Report of the Indian Hemp Drugs Commission, 1894-1895 - Volume III
Year: 1894
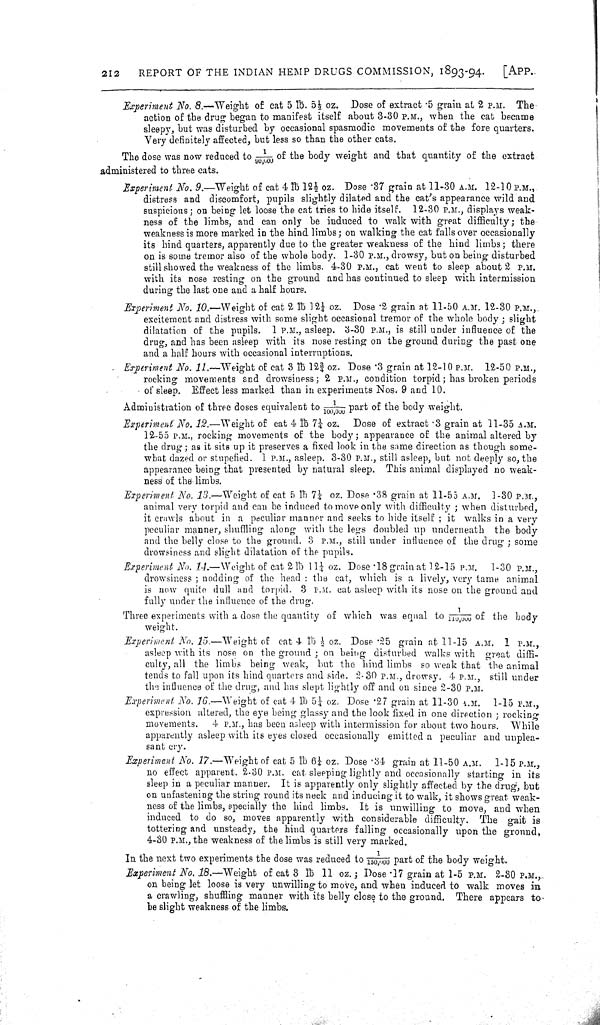
212
REPORT OF THE INDIAN HEMP DRUGS COMMISSION, 1893-94.
[APP.
Experiment No. 8.—Weight of cat 5 lb. 51/2 oz. Dose of extract .5 grain at 2 P.M. The
action of the drug began to manifest itself about 3-30 P.M., when the cat became
sleepy, but was disturbed by occasional spasmodic movements of the fore quarters.
Very definitely affected, but less so than the other cats.
The dose was now reduced to 1/90,000 of the body weight and that quantity of the extract
administered to three cats.
Experiment No. 9.—Weight of cat 4 lb 121/2 oz. Dose 37 grain at 11-30 A.M. 12-10 P.M.,
distress and discomfort, pupils slightly dilated and the cat's appearance wild and
suspicious; on being let loose the cat tries to hide itself. 12-30 P.M., displays weak-
ness of the limbs, and can only be induced to walk with great difficulty; the
weakness is more marked in the hind limbs; on walking the cat falls over occasionally
its hind quarters, apparently due to the greater weakness of the hind limbs; there
on is some tremor also of the whole body. 1-30 P.M., drowsy, but on being disturbed
still showed the weakness of the limbs. 4-30 P.M., cat went to sleep about 2 P.M.
with its nose resting on the ground and has continued to sleep with intermission
during the last one and a half hours.
Experiment No. 10.—Weight of cat 2 lb 121/4 oz. Dose .2 grain at 11-50 A.M. 12-30 P.M.,
excitement and distress with some slight occasional tremor of the whole body; slight
dilatation of the pupils. 1 P.M., asleep. 3-30 P.M., is still under influence of the
drug, and has been asleep with its nose resting on the ground during the past one
and a half hours with occasional interruptions.
Experiment No. 11.—Weight of cat 3 lb 123/4 oz. Dose .3 grain at 12-10 P.M. 12-50 P.M.,
rocking movements and drowsiness; 2 P.M., condition torpid; has broken periods
of sleep. Effect less marked than in experiments Nos. 9 and 10.
Administration of three doses equivalent to 1/100,000 part of the body weight.
Experiment No. 12.—Weight of cat 4 lb 71/4 oz. Dose of extract .3 grain at 11-35 A.M.
12-55 P.M., rocking movements of the body; appearance of the animal altered by
the drug; as it sits up it preserves a fixed look in the same direction as though some-
what dazed or stupefied. 1 P.M., asleep. 3-30 P.M., still asleep, but not deeply so, the
appearance being that presented by natural sleep. This animal displayed no weak-
ness of the limbs.
Experiment No. 13.—Weight of cat 5 lb 71/4 oz. Dose .38 grain at 11-55 A.M. 1-30 P.M.,
animal very torpid and can be induced to move only with difficulty; when disturbed,
it crawls about in a peculiar manner and seeks to hide itself; it walks in a very
peculiar manner, shuffling along with the legs doubled up underneath the body
and the belly close to the ground. 3 P.M., still under influence of the drug; some
drowsiness and slight dilatation of the pupils.
Experiment No. 14.—Weight of cat 2 lb 111/4 oz. Dose .18 grain at 12-15 P.M. 1-30 P.M.,
drowsiness; nodding of the head: the cat, which is a lively, very tame animal
is now quite dull and torpid. 3 P.M. cat asleep with its nose on the ground and
fully under the influence of the drug.
Three experiments with a dose the quantity of which was equal to 1/110,000 of the body
weight.
Experiment No. 15.—Weight of cat 4 lb 1/2 oz. Dose .25 grain at 11-15 A.M. 1 P.M.,
asleep with its nose on the ground; on being disturbed walks with great diffi-
culty, all the limbs being weak, but the hind limbs so weak that the animal
tends to fall upon its hind quarters and side. 2.30 P.M., drowsy. 4 P.M., still under
the influence of the drug, and has slept lightly off and on since 2-30 P.M.
Experiment No. 16.—Weight of cat 4 lb 51/4 oz. Dose .27 grain at 11-30 A.M. 1-15 P.M.,
expression altered, the eye being glassy and the look fixed in one direction; rocking
movements. 4 P.M., has been asleep with intermission for about two hours. While
apparently asleep with its eyes closed occasionally emitted a peculiar and unplea-
sant cry.
Experiment No. 17.—Weight of cat 5 lb 61/4 oz. Dose .34 grain at 11-50 A.M. 1-15 P.M.,
no effect apparent. 2.30 P.M. cat sleeping lightly and occasionally starting in its
sleep in a peculiar manner. It is apparently only slightly affected by the drug, but
on unfastening the string round its neck and inducing it to walk, it shows great weak-
ness of the limbs, specially the hind limbs. It is unwilling to move, and when
induced to do so, moves apparently with considerable difficulty. The gait is
tottering and unsteady, the hind quarters falling occasionally upon the ground,
4-30 P.M., the weakness of the limbs is still very marked.
In the next two experiments the dose was reduced to 1/150,000 part of the body weight.
Experiment No. 18.—Weight of cat 3 lb 11 oz.; Dose .17 grain at 1-5 P.M. 2-30 P.M.,
on being let loose is very unwilling to move, and when induced to walk moves in
a crawling, shuffling manner with its belly close to the ground. There appears to
be slight weakness of the limbs.